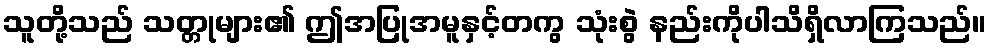
သူတို့သည် သတ္တုများ၏ ဤအပြုအမူနှင့်တကွ သုံးစွဲ နည်းကိုပါသိရှိလာကြသည်။